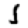
Digit: 1